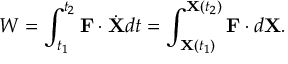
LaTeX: W = \int _ { t _ { 1 } } ^ { t _ { 2 } } \mathbf { F } \cdot { \dot { \mathbf { X } } } d t = \int _ { \mathbf { X } ( t _ { 1 } ) } ^ { \mathbf { X } ( t _ { 2 } ) } \mathbf { F } \cdot d \mathbf { X } .